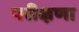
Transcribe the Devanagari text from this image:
परीक्षणा